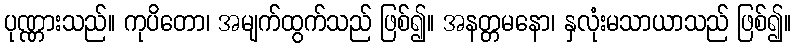
ပုဏ္ဏားသည်။ ကုပိတော၊ အမျက်ထွက်သည် ဖြစ်၍။ အနတ္တမနော၊ နှလုံးမသာယာသည် ဖြစ်၍။